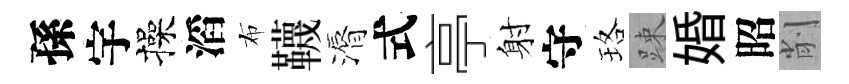
孫宇操滔布韈漘式亭射守珞踈婚昭削